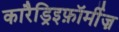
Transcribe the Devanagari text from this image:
कारैड्रिइफ़ॉर्मीज़